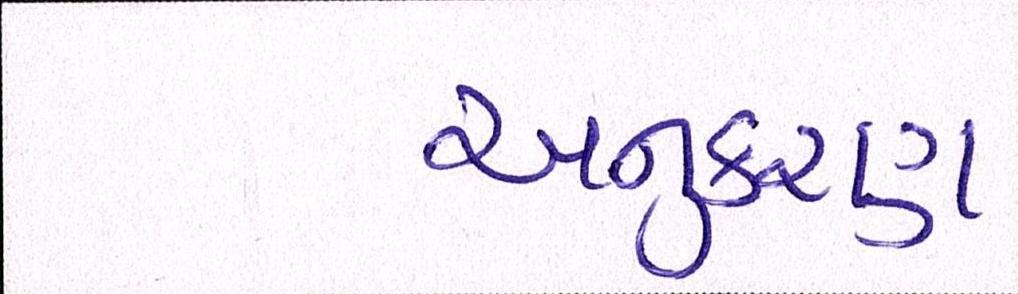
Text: અનુકરણ